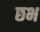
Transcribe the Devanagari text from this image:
छभ